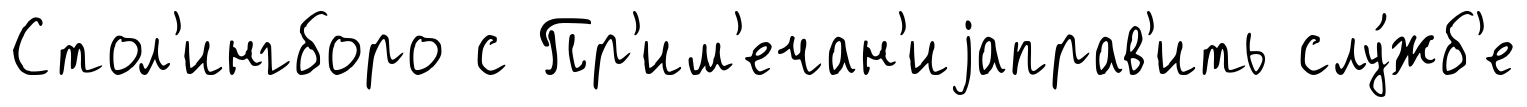
Стол'ингборо с Пр'им'ечан'иjаправ'ить слу́жб'е